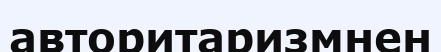
авторитаризмнен